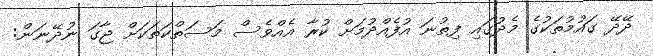
ދޭދޭ ގައުމުތަކުގެ މެދުގައި ފިތުނަ އުފެއްދުމަށް ކުރާ އެއްވެސް މަސަތްކަތަކަށް ޖާގަ ނުދޭޭނަން: